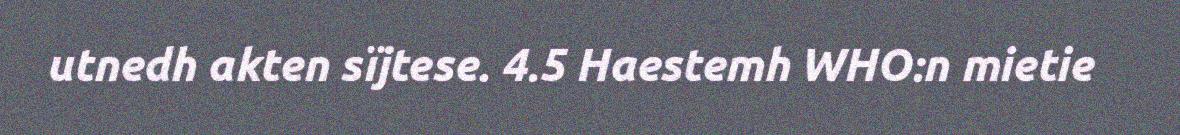
utnedh akten sïjtese. 4.5 Haestemh WHO:n mietie